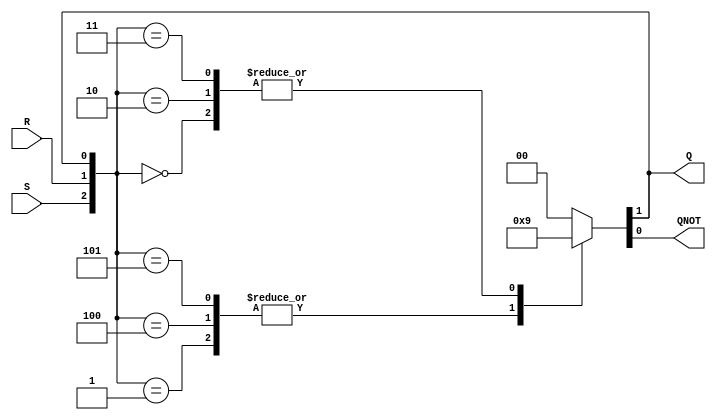
module sr_latch (S,R,Q,QNOT);	//name of module: sr_latch

	input wire S,R;	//input wires S-set and R-reset
	output wire Q,QNOT;	//outputs Q and Q not
	reg [1:0]out;	//reg for always block bit[1] will be assigned to Q and bit[0] to QNOT
	
	always @*	//Alway block with no sensitivity list
		case({S,R,Q})	//Case statement based S,R,and Q
				3'b000:out=2'b01;	//Hold state
				3'b001:out=2'b10;	//Hold state
				3'b100:out=2'b10;	//Set state
				3'b101:out=2'b10;	//Set state
				3'b010:out=2'b01;	//Reset State
				3'b011:out=2'b01;	//Reset State
				default:out=2'b00;//Invalid state
			endcase	//end of case statement
		assign Q=out[1];	//Assigns reg out[1] to output Q
		assign QNOT=out[0];	//Assigns reg out[0] to output QNOT
		
endmodule	//end of module